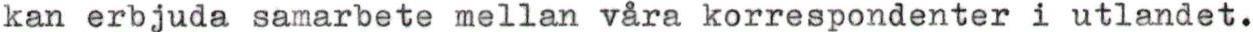
kan erbjuda samarbete mellan våra korrespondenter i utlandet.